Rangoon Lunatic Asylum 1898-1906 - 1898-1906
Year: 1898
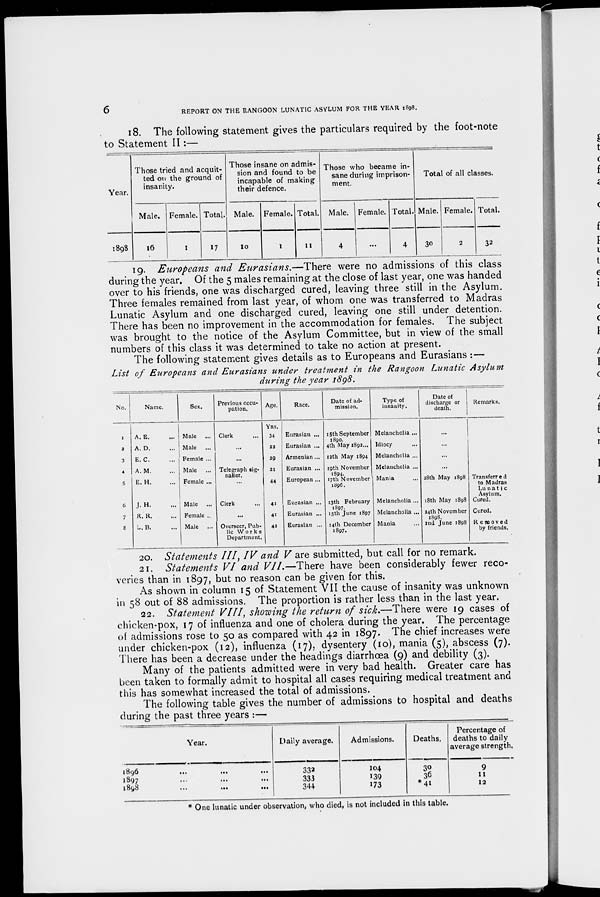
6
REPORT ON THE RANGOON LUNATIC ASYLUM FOR THE YEAR 1898.
18. The following statement gives the particulars required by the foot-note
to Statement II:—
Year.
1898
Those tried and acquit-
ted on the ground of
insanity.
Male.
16
Female.
1
Total.
17
Those insane on admis-
sion and found to be
incapable of making
their defence.
Male.
10
Female.
1
Total.
11
Those who became in-
sane during imprison-
ment.
Male.
4
Female.
...
Total.
4
Total of all classes.
Male.
30
Female.
2
Total.
32
19. Europeans and Eurasians.—There were no admissions of this class
during the year. Of the 5 males remaining at the close of last year, one was handed
over to his friends, one was discharged cured, leaving three still in the Asylum.
Three females remained from last year, of whom one was transferred to Madras
Lunatic Asylum and one discharged cured, leaving one still under detention.
There has been no improvement in the accommodation for females. The subject
was brought to the notice of the Asylum Committee, but in view of the small
numbers of this class it was determined to take no action at present.
The following statement gives details as to Europeans and Eurasians : —
List of Europeans
and Eurasians
under treatment
in the Rangoon Lunatic
Asylum
during the year 1898.
No.
1
2
3
4
5
6
7
8
Name.
A. E. ...
A. D. ...
E. C. ...
A.M. ...
E. H. ...
J. H. ...
R. R. ...
L. B. ...
Sex.
Male ...
Male ...
Female ...
Male ...
Female ...
Male ...
Female ...
Male ...
Previous occu-
pation.
Clerk ...
...
...
Telegraph sig-
naller.
...
Clerk ...
...
Overseer, Pub-
lic Works
Department.
Age.
YRS.
34
22
29
21
44
41
41
42
Race.
Eurasian ...
Eurasian ...
Armenian...
Eurasian ...
European ...
Eurasian ...
Eurasian ...
Eurasian ...
Date of ad-
mission.
15th September
1890.
4th May 1892...
12th May 1894
19th November
1894.
17th November
1896.
13th February
1897.
15th June 1897
14th December
1897.
Type of
insanity.
Melancholia ...
Idiocy ...
Melancholia ...
Melancholia ...
Mania ...
Melancholia ...
Melancholia ...
Mania ...
Date of
discharge or
death.
...
...
...
...
28th May 1898
18th May 1898
24th November
1898.
2nd June 1898
Remarks.
Transferred
to Madras
Lunatic
Asylum.
Cured.
Cured.
Removed
by friends.
20. Statements III, IV and V are submitted, but call for no remark.
21. Statements VI and VII.—There have been considerably fewer reco-
veries than in 1897, but no reason can be given for this.
As shown in column 15 of Statement VII the cause of insanity was unknown
in 58 out of 88 admissions. The proportion is rather less than in the last year.
22. Statement VIII, showing the return of sick.—There were 19 cases of
chicken-pox, 17 of influenza and one of cholera during the year. The percentage
of admissions rose to 50 as compared with 42 in 1897. The chief increases were
under chicken-pox (12), influenza (17), dysentery (10), mania (5), abscess (7).
There has been a decrease under the headings diarrhœa (9) and debility (3).
Many of the patients admitted were in very bad health. Greater care has
been taken to formally admit to hospital all cases requiring medical treatment and
this has somewhat increased the total of admissions.
The following table gives the number of admissions to hospital and deaths
during the past three years :—
Year.
1896 ... ... ...
1897 ... ... ...
1898
...
...
...
Daily average.
332
333
344
Admissions.
104
139
173
Deaths.
30
36
*41
Percentage of
deaths to daily
average strength.
9
11
12
* One lunatic under observation, who died, is not included in this table.